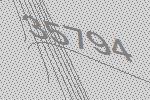
35794